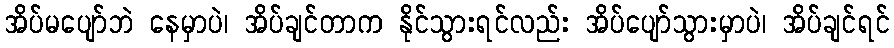
အိပ်မပျော်ဘဲ နေမှာပဲ၊ အိပ်ချင်တာက နိုင်သွားရင်လည်း အိပ်ပျော်သွားမှာပဲ၊ အိပ်ချင်ရင်